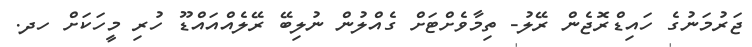
ޖަރުމަނުގެ ހައިޑްރޮޖެން ރޭލު- ތިމާވެށްޓަށް ގެއްލުން ނުލިބޭ ރޭލެއްއައްޑޫ ހުރި މީހަކަށް ހދ.